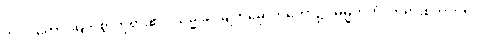
ဘဂဝတော၊ မြတ်စွာဘုရား၏။ သမ္မုခါ၊ မျက်မှောက်တော်၌။ ဓမ္မိကတံ၊ တရားစကားကို။